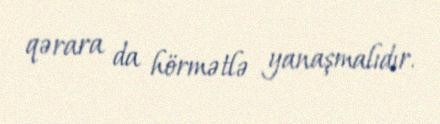
qərara da hörmətlə yanaşmalıdır.